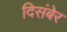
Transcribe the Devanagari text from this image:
दिसंबेर